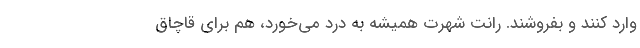
وارد کنند و بفروشند. رانت شهرت همیشه به درد می‌خورد، هم برای قاچاق